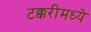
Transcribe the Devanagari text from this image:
टक्करीमध्ये